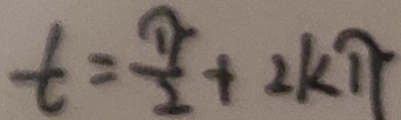
t = \frac { \pi } { 2 } + 2 k \pi